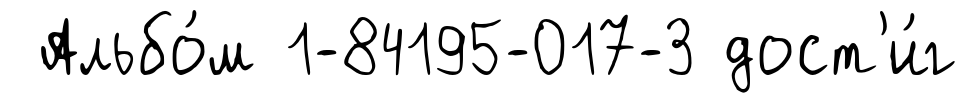
Альбо́м 1-84195-017-3 дост'и́г